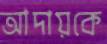
আদায়কে